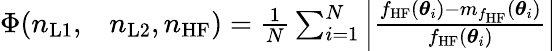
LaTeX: \begin{array}{rl}{\Phi(n_{\mathrm{L1}},}&{{}n_{\mathrm{L2}},n_{\mathrm{HF}})=\frac{1}{N}\sum_{i=1}^{N}\left\lvert\frac{f_{\mathrm{HF}}(\boldsymbol{\theta}_{i})-m_{f_{\mathrm{HF}}}(\boldsymbol{\theta}_{i})}{f_{\mathrm{HF}}(\boldsymbol{\theta}_{i})}\right\rvert}\end{array}